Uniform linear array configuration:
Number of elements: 64
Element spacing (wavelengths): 0.75
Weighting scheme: hamming
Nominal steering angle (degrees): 30
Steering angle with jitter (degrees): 31.118
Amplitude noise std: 0.05
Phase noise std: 0.05

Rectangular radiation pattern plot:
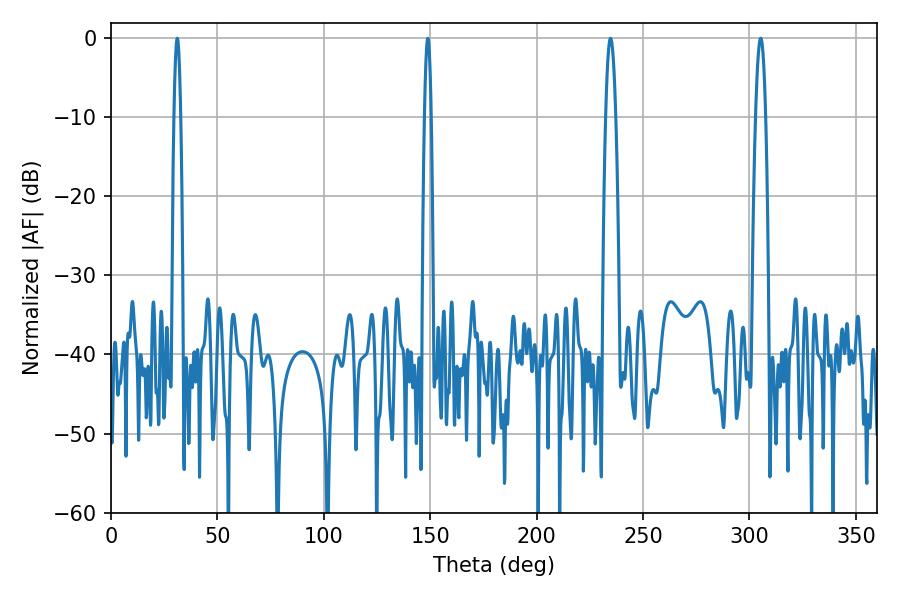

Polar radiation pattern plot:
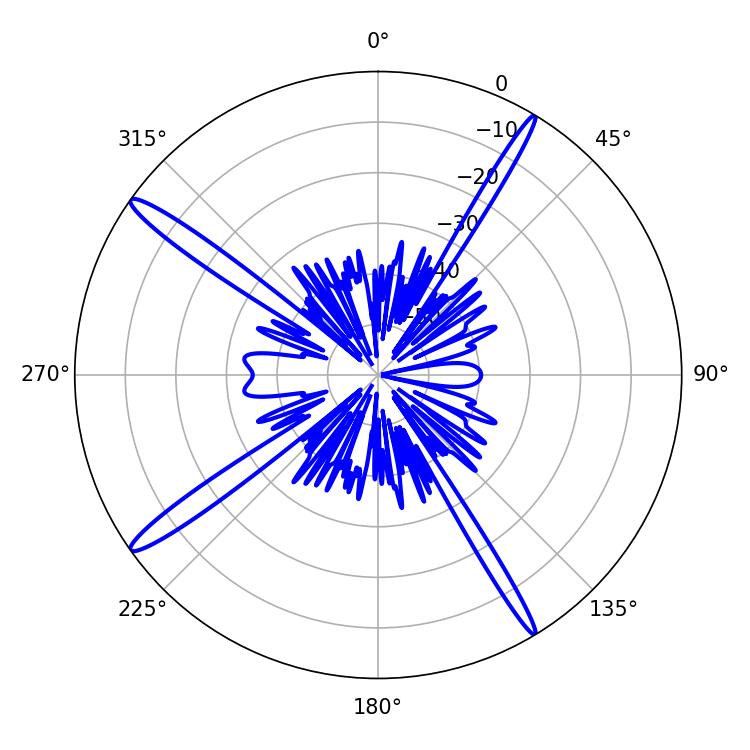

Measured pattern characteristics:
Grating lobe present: TRUE
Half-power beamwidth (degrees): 2.52
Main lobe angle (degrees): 305.28